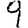
Digit: 9